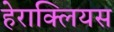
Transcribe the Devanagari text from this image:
हेराक्लियस